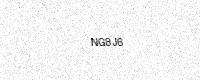
Text: NG8J6